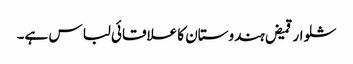
شلوار قمیض ہندوستان کا علاقائی لباس ہے۔